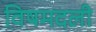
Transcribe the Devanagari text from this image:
विषमदली